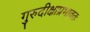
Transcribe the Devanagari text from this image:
गुरुदीक्षाप्रभावतः